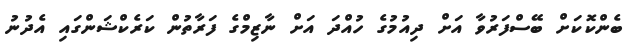
ބެންކޮކަށް ބޭސްފަރުވާ އަށް ދިއުމުގެ ހުއްދަ އަށް ނާޒިމްގެ ފަރާތުން ކަރެކްޝަންގައި އެދުނު